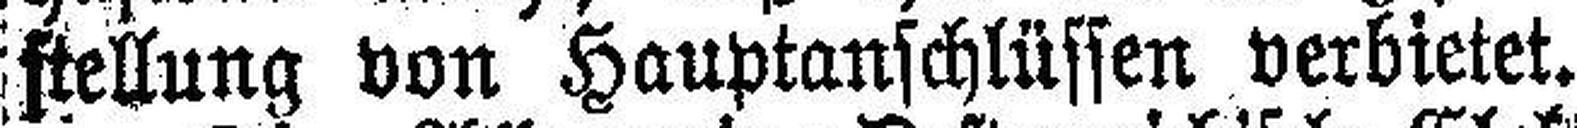
stellung von Hauptanschlüssen verbietet.